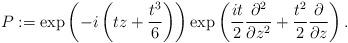
LaTeX: \begin{align*}P:=\exp\left(-i\left(tz+\frac{t^3}{6}\right)\right)\exp\left(\frac{it}{2}\frac{\partial^2}{\partial z^2}+\frac{t^2}{2}\frac{\partial}{\partial z}\right).\end{align*}